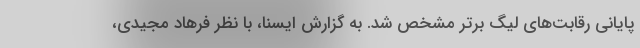
پایانی رقابت‌های لیگ برتر مشخص شد. به گزارش ایسنا، با نظر فرهاد مجیدی،